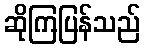
ဆိုကြပြန်သည်